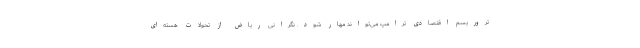
تروریسم اقتصادی ترامپ می‌تواند مهار شود. نگرانی ریاض از تحولات هسته‌ای